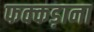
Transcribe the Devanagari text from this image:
फक्‍कड़ाना